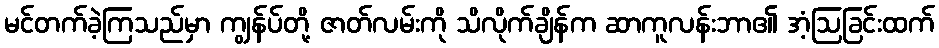
မင်တက်ခဲ့ကြသည်မှာ ကျွန်ပ်တို့ ဇာတ်လမ်းကို သိလိုက်ချိန်က ဆာကူလန်းဘာ၏ အံ့ဩခြင်းထက်